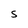
Character: S